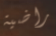
راضية